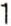
1